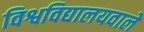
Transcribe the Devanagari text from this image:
विश्वविद्यालयवाले